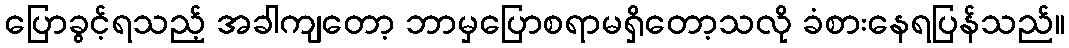
ပြောခွင့်ရသည့် အခါကျတော့ ဘာမှပြောစရာမရှိတော့သလို ခံစားနေရပြန်သည်။